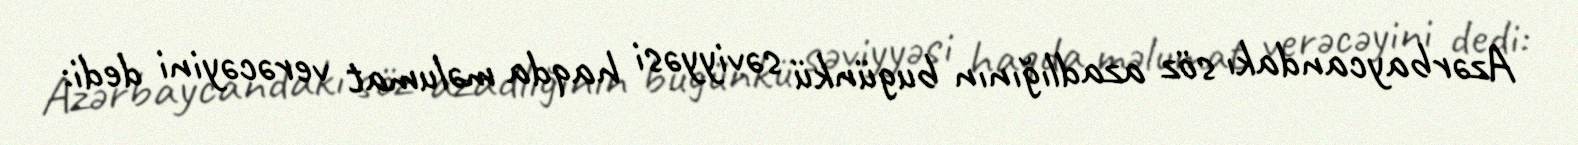
Azərbaycandakı söz azadlığının bugünkü səviyyəsi haqda məlumat verəcəyini dedi: